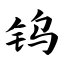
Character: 钨